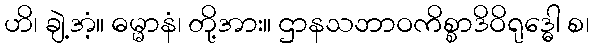
ဟိ၊ ချဲ့အံ့။ ဓမ္မာနံ၊ တို့အား။ ဌာနသဘာဝကိစ္စာဒိဝိရုဒ္ဓေါ စ၊